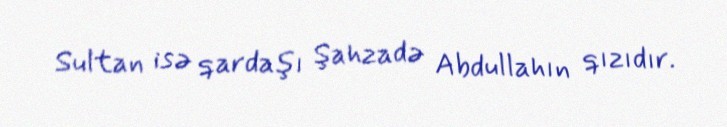
Sultan isə qardaşı Şahzadə Abdullahın qızıdır.